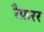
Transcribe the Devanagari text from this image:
रैफ़रर